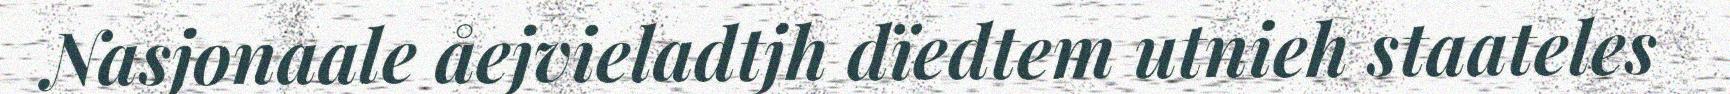
Nasjonaale åejvieladtjh dïedtem utnieh staateles